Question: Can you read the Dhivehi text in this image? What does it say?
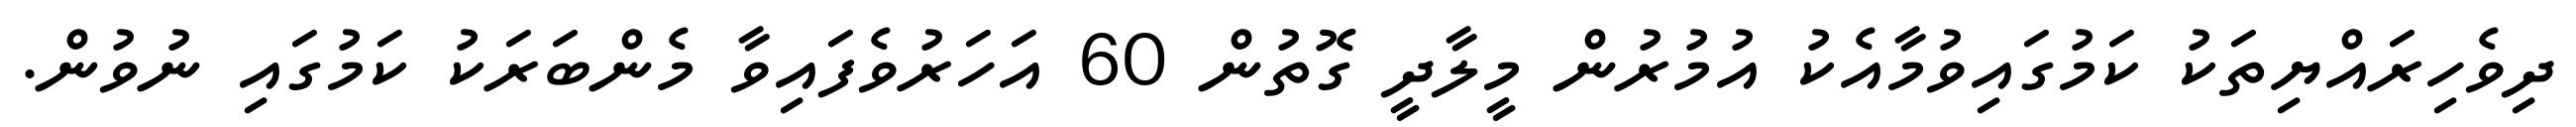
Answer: ދިވެހިރައްޔިތަކު ކަމުގައިވުމާއެކު އުމުރުން މީލާދީ ގޮތުން 60 އަހަރުވެފައިވާ މެންބަރަކު ކަމުގައި ނުވުން.